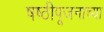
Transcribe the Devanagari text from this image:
षष्ठीपूजनाच्या